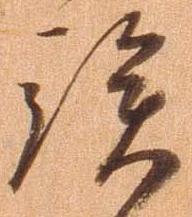
族